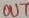
Text: OUT